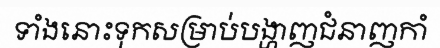
ទាំងនោះទុកសម្រាប់បង្ហាញជំនាញកាំ